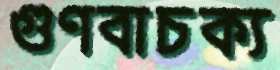
গুণবাচক্য